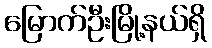
မြောက်ဦးမြို့နယ်ရှိ